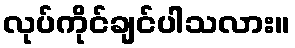
လုပ်ကိုင်ချင်ပါသလား။